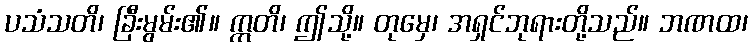
ပသံသတိ၊ ခြီးမွမ်း၏။ ဣတိ၊ ဤသို့။ တုမှေ၊ အရှင်ဘုရားတို့သည်။ ဘဏထ၊